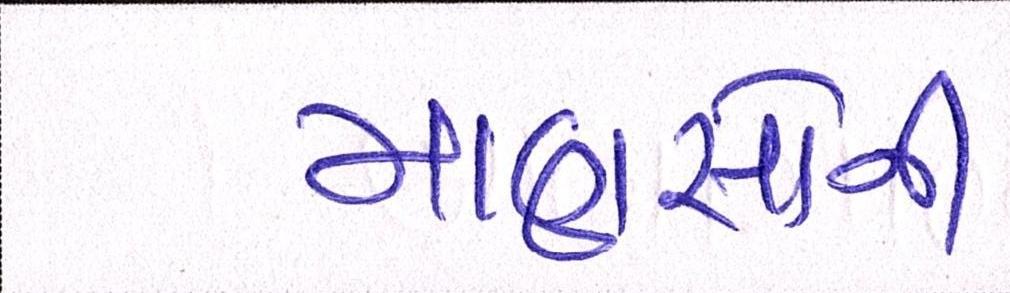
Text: માણસોની